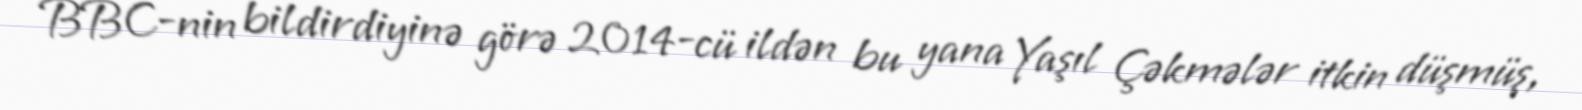
BBC-nin bildirdiyinə görə 2014-cü ildən bu yana Yaşıl Çəkmələr itkin düşmüş,